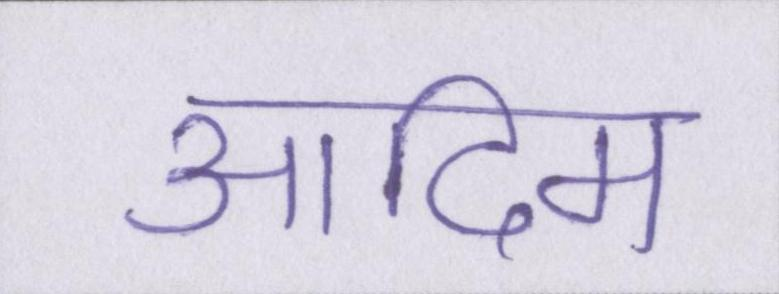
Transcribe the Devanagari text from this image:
आदिम